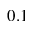
0 . 1